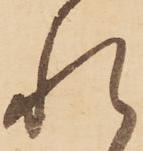
れ